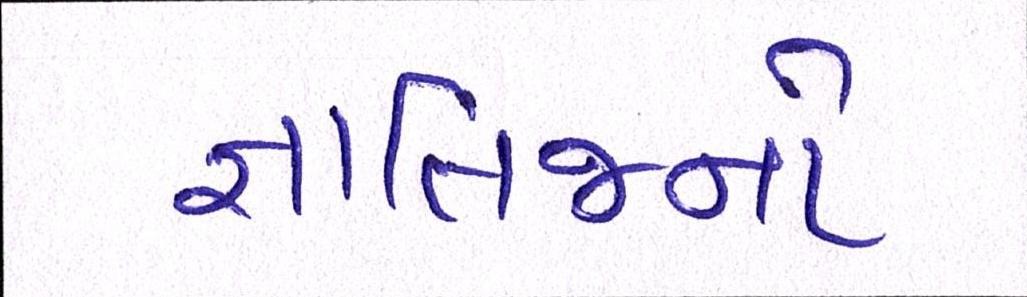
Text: જ્ઞાતિજનો